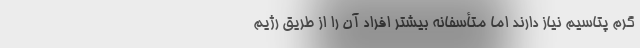
گرم پتاسیم نیاز دارند اما متأسفانه بیشتر افراد آن را از طریق رژیم